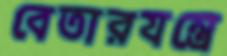
বেতারযন্ত্রে